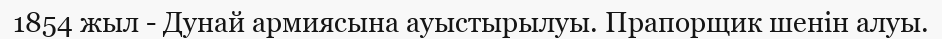
1854 жыл - Дунай армиясына ауыстырылуы. Прапорщик шенін алуы.